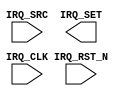
`timescale 1ns/1ps
`celldefine
//
// SOC_FPGA_INTF_IRQ simulation model
// SOC Interupt connection
//
// Copyright (c) 2023 Rapid Silicon, Inc.  All rights reserved.
//

module SOC_FPGA_INTF_IRQ (
  input [15:0] IRQ_SRC, // Interupt source
  output [15:0] IRQ_SET, // Interupt set
  input IRQ_CLK, // interupt clock
  input IRQ_RST_N // Interupt reset
);

endmodule
`endcelldefine